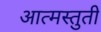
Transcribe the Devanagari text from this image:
आत्मस्तुती